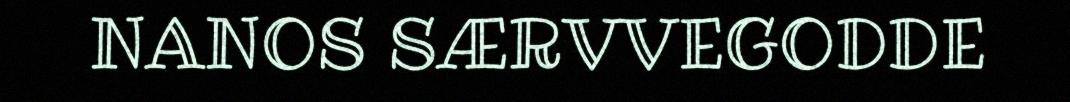
NANOS SÆRVVEGODDE